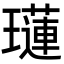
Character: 𤪼